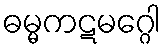
ဓမ္မကဋမဂ္ဂေါ